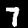
Digit: 7